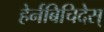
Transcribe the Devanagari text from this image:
हेर्नबिचिदेस्